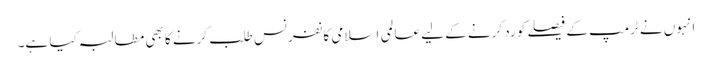
انہوں نے ٹرمپ کے فیصلے کو رد کرنے کے لیے عالمی اسلامی کانفرنس طلب کرنے کا بھی مطالبہ کیا ہے۔